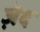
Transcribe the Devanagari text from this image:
ज़ेद